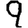
Digit: 9